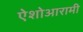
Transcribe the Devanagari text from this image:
ऐशोआरामी